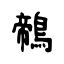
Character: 鶙